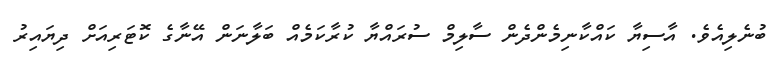
ބުނެލިއެވެ. އާސިޔާ ކައްކާނިމެންދެން ސާލިމް ސުރައްޔާ ކުރާކަމެއް ބަލާނަން އޭނާގެ ކޮޓަރިއަށް ދިޔައިރު